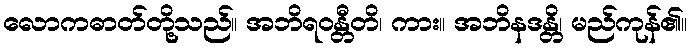
လောကဓာတ်တို့သည်။ အဘိရဝန္တီတိ၊ ကား။ အဘိနဒန္တိ၊ မည်ကုန်၏။